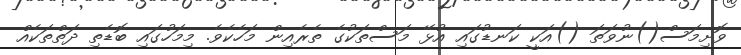
ވޮށިމަސް()ނުވަތަ ()އަކީ ކަނޑުގައި އުޅޭ މަސްތަކުގެ ތެރެއިން މަހެކެވެ. މިމަހުގައި ބޮޑެތި ދަތްތަކެއް